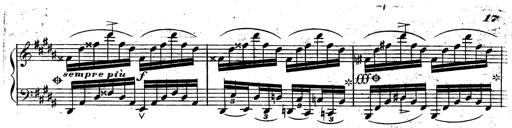
Title: Rondeau fantastique sur un thÃ¨me espagnol
Composer: Franz Liszt